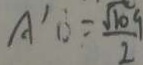
A ^ { \prime } _ { 1 0 } = \frac { \sqrt { 1 0 9 } } { 2 }